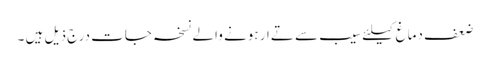
ضعف دماغ کیلئے سیب سے تےار ہونے والے نسخہ جات درج ذیل ہیں ۔